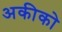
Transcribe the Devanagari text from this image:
अकीको